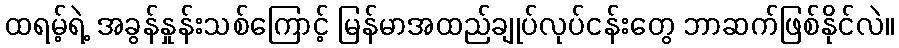
ထရမ့်ရဲ့ အခွန်နှုန်းသစ်ကြောင့် မြန်မာအထည်ချုပ်လုပ်ငန်းတွေ ဘာဆက်ဖြစ်နိုင်လဲ။